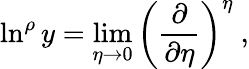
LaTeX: \ln^{\rho}y=\operatorname*{lim}_{\eta\rightarrow 0}\left({\frac{\partial}{\partial\eta}}\right)^{\eta}\ ,